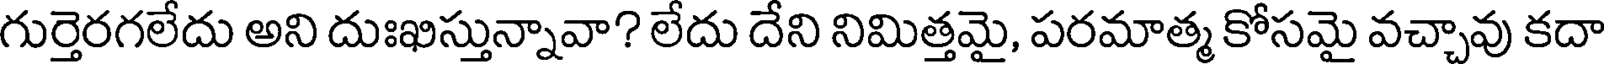
గుర్తెరగలేదు అని దుఃఖిస్తున్నావా? లేదు దేని నిమిత్తమై, పరమాత్మ కోసమై వచ్చావు కదా